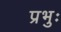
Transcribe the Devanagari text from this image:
प्रभुः